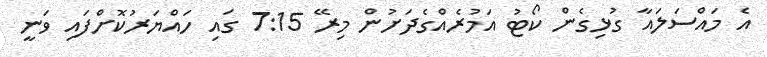
އެ މައްސަލައާ ގުޅިގެން ކޯޓު އަމުރެއްގެދަށުން މިރޭ 7:15 ގައި ހައްޔަރުކޮށްފައި ވަނީ